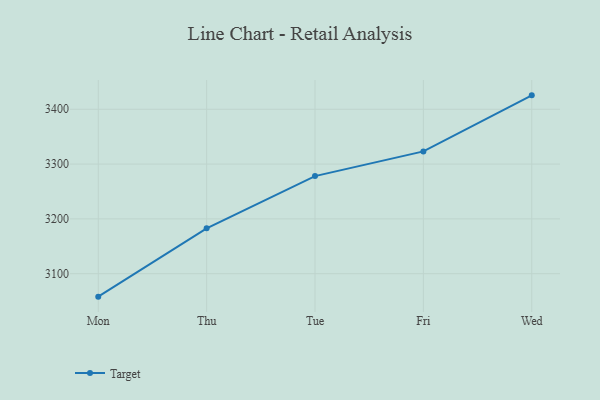
{"axis": {"x": "Day", "y": "Production Output"}, "legend": ["Target"], "data": [{"x": "Mon", "y": 3058.1, "type": "Target"}, {"x": "Thu", "y": 3182.8, "type": "Target"}, {"x": "Tue", "y": 3278.1, "type": "Target"}, {"x": "Fri", "y": 3323.1, "type": "Target"}, {"x": "Wed", "y": 3425.4, "type": "Target"}]}